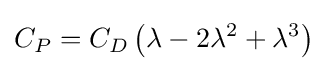
C_{P}=C_{D}\left(\lambda -2\lambda ^{2}+\lambda ^{3}\right)